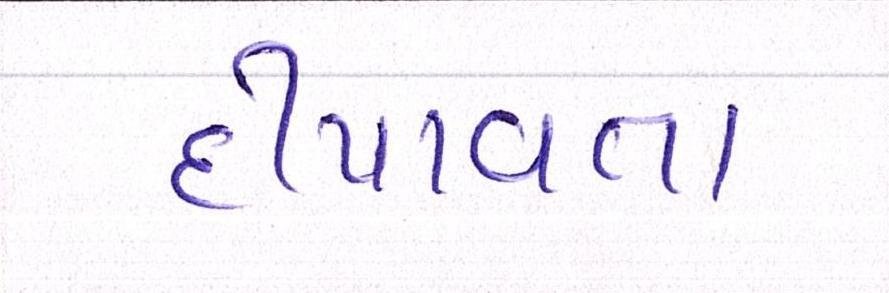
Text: દીપાવતા